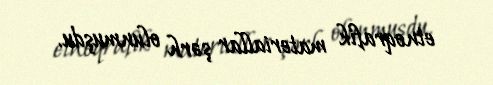
etnoqrafik materiallar şərh olunmuşdu.